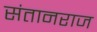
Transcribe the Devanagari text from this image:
संतानराज